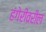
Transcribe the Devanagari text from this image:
हंगेरीवरील